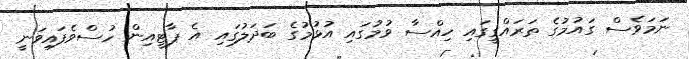
ނަމަވެސް ގައުމުގެ ތަރައްގީގައި ހިއްސާ ވުމުގައި އުޅުމުގެ ބަދަލުގައި އެ ޕާޓީއިން ހުސްވެފައިވަނީ